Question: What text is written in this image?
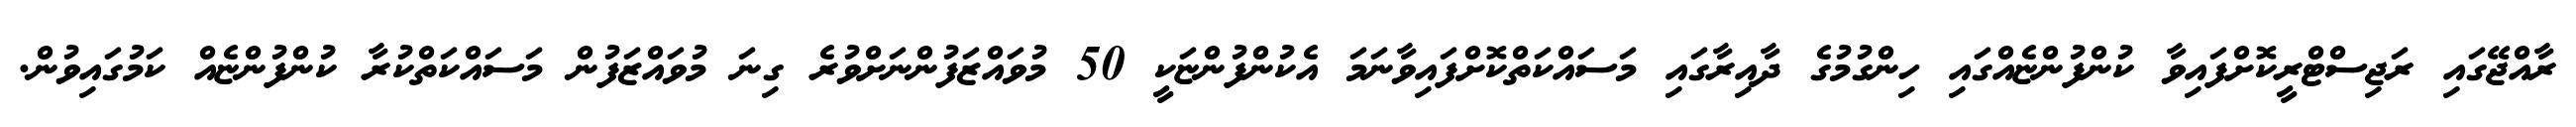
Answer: ރާއްޖޭގައި ރަޖިސްޓްރީކޮށްފައިވާ ކުންފުންޏެއްގައި ހިންގުމުގެ ދާއިރާގައި މަސައްކަތްކޮށްފައިވާނަމަ އެކުންފުންޏަކީ 50 މުވައްޒަފުންނަށްވުރެ ގިނަ މުވައްޒަފުން މަސައްކަތްކުރާ ކުންފުންޏެއް ކަމުގައިވުން.